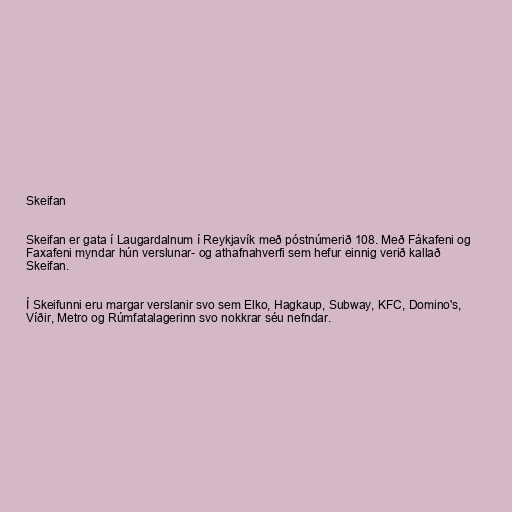
Skeifan

Skeifan er gata í Laugardalnum í Reykjavík með póstnúmerið 108. Með Fákafeni og
Faxafeni myndar hún verslunar- og athafnahverfi sem hefur einnig verið kallað
Skeifan.

Í Skeifunni eru margar verslanir svo sem Elko, Hagkaup, Subway, KFC, Domino's,
Víðir, Metro og Rúmfatalagerinn svo nokkrar séu nefndar.